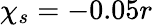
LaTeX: {\chi_{s}=-0.05r}